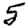
Digit: 5